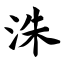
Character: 洙